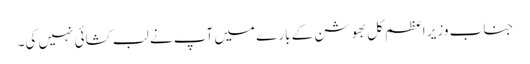
جناب وزیر اعظم کل بھوشن کے بارے میں آپ نے لب کشائی نہیں کی۔